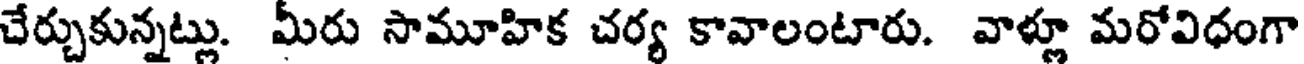
చేర్చుకున్నట్లు. మీరు సామూహిక చర్య కావాలంటారు. వాళ్లూ మరోవిధంగా